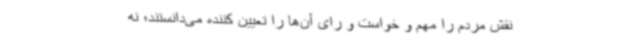
نقش مردم را مهم و خواست و رای آن‌ها را تعیین کننده می‌دانستند؛ نه